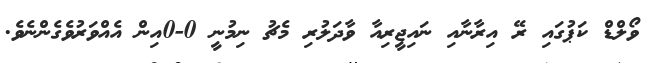
ވޯލްޑް ކަޕުގައި ރޭ އިރާނާއި ނައިޖީރިއާ ވާދަލުރި މެޗު ނިމުނީ 0-0އިން އެއްވަރުވެގެންނެވެ.